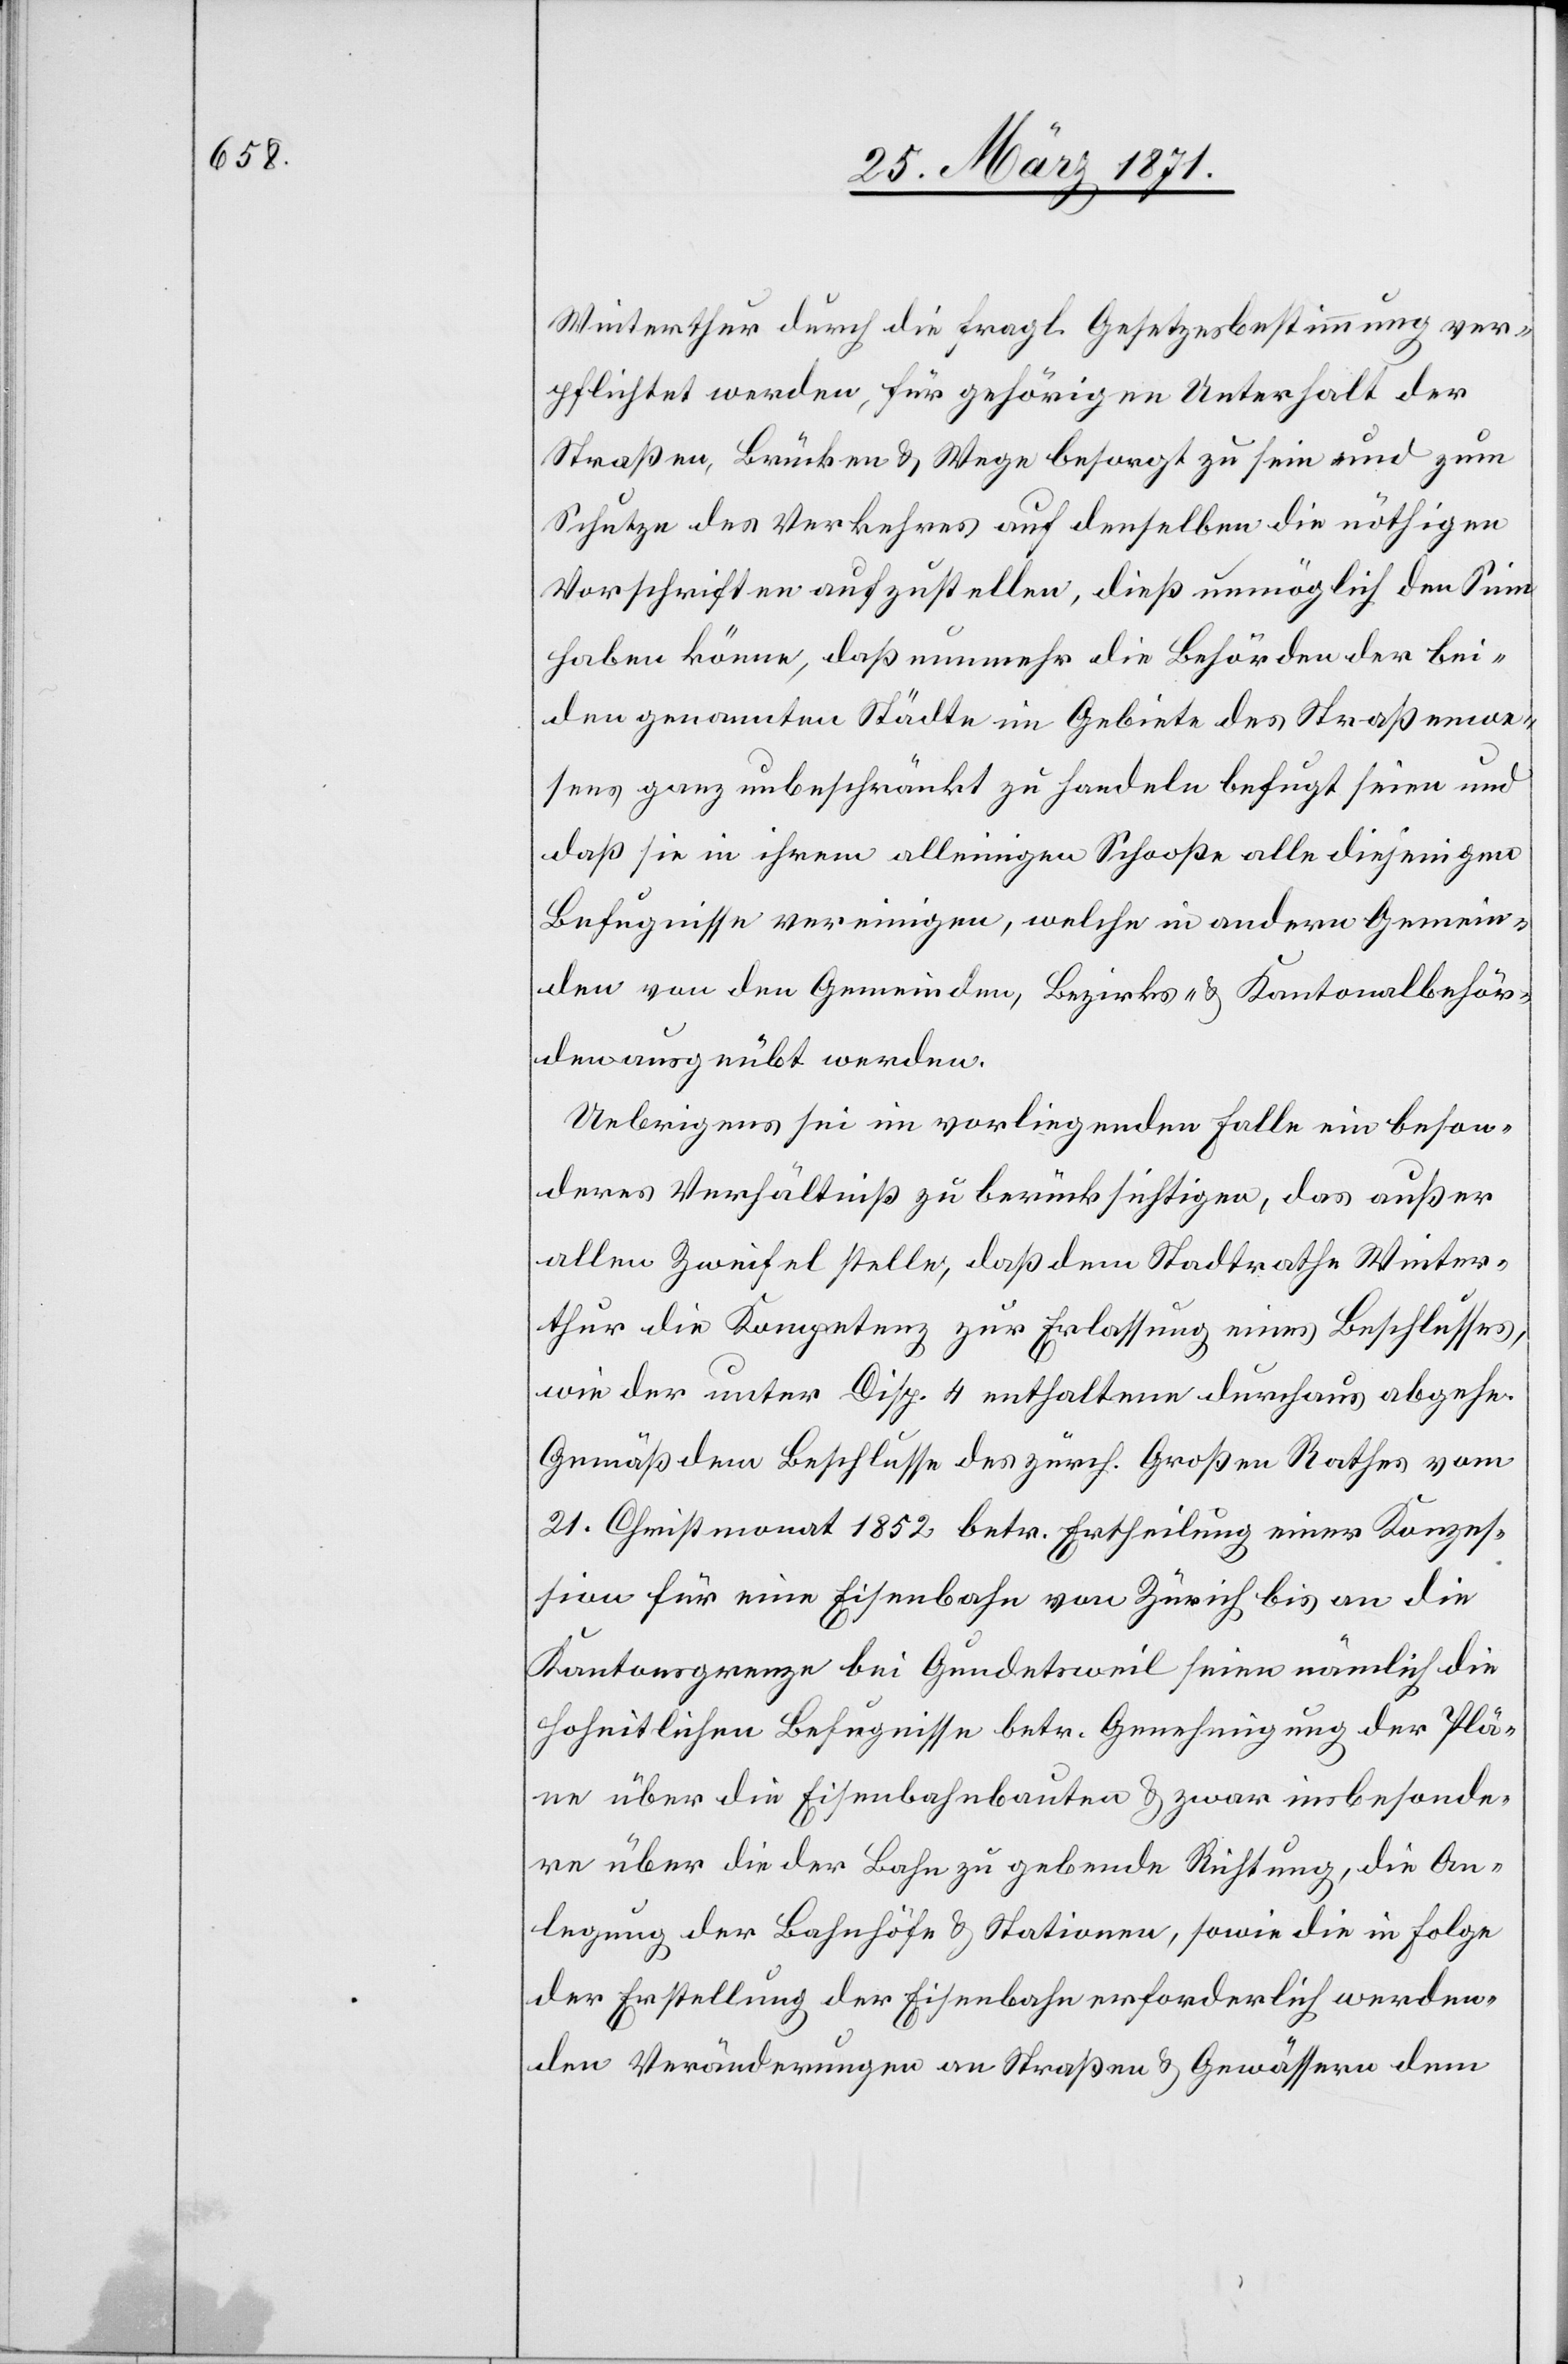
Winterthur durch die fragl. Gesetzesbestimmung ver¬
pflichtet werden, für gehörigen Unterhalt der
Straßen, Brücken u. Wege besorgt zu sein und zum
Schutze des Verkehres auf denselben die nöthigen
Vorschriften aufzustellen, dieß unmöglich den Sinn
haben könne, daß nunmehr die Behörden der bei¬
den genannten Städte im Gebiete des Straßenwe¬
sens ganz unbeschränkt zu Handeln befugt seien und
daß sie in ihrem alleinigen Schooße alle diejenigen
Befugnisse vereinigen, welche in andern Gemein¬
den von den Gemeinden, Bezirks- u. Kantonalbehör¬
den ausgeübt werden.
Uebrigens sei im vorliegenden Falle ein beson¬
deres Verhältniß zu berücksichtigen, das außer
allen Zweifel stelle, daß dem Stadtrathe Winter¬
thur die Kompetenz zur Erlassung eines Beschlusses,
wie der unter Disp. 4 enthaltene durchaus abgehe.
Gemäß dem Beschlusse des zürch. Großen Rathes vom
21. Christmonat 1852 betr. Ertheilung einer Konzes¬
sion für eine Eisenbahn von Zürich bis an die
Kantonsgrenze bei Gundetsweil seien nämlich die
hoheitlichen Befugnisse betr. Genehmigung der Plä¬
ne über die Eisenbahnbauten u. zwar insbesonde¬
re über die der Bahn zu gebende Richtung, die An¬
legung der Bahnhöfe u. Stationen, sowie die in Folge
der Erstellung der Eisenbahn erforderlich werden¬
den Veränderungen an Straßen u. Gewässern dem